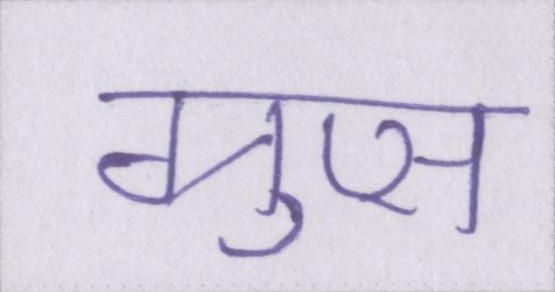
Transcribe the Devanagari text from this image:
ग्रुप्स